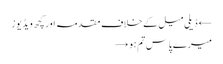
← ڈیلی میل کے خلاف مقدمہ اور کچھ ویڈیوز
میرے پاس تم ہو →